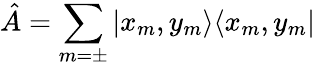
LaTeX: \hat{A}=\sum_{m=\pm}|x_{m},y_{m}\rangle\langle x_{m},y_{m}|